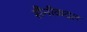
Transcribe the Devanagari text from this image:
सैनीकदल